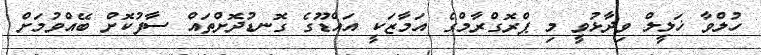
ހުލްވާ ޚަލީލް ވިދާޅުވީ މި ޕްރޮގްރާމްގެ އަމާޒަކީ އައްޑޫގެ ގޮނޑުދޮށްތައް ސާފުކޮށް ބޭއްވުމަށް